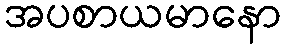
အပစာယမာနော